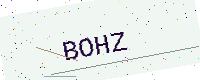
Text: BOHZ